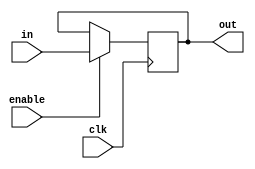
// ECE:3350 SISC processor project
// status register

`timescale 1ns/100ps

module statreg (clk, in, enable, out);

  /*
   *  STATUS REGISTER - statreg.v
   *
   *  Inputs:
   *   - clk: System clock, positive edge active
   *   - in  = output stat from alu (4 bits): The status bits generated by the ALU. The status register
   *        saves these bits so that the control unit can use them in branches.
   *        For a description of the status bits, see the description of alu.v.
   *   - enable = output stat_en from alu : When this is set to 1, the values of in are saved.
   *
   *  Outputs:
   *   - out = input stat in ctrl (4 bits): The status bits saved from the ALU.
   *
   */

  input        clk;
  input  [3:0] in;
  input        enable;
  output [3:0] out;

  reg   [3:0] outreg;

  initial
    outreg = 4'b0000;
   
  always @ (posedge clk)
    if (enable == 1'b1)
      outreg = in;

  assign out = outreg;

endmodule